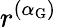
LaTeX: r^{(\alpha_{\mathrm{G}})}